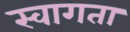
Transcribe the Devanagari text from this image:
स्वागता